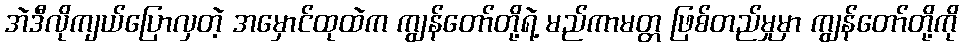
အဲဒီလိုကျယ်ပြောလှတဲ့ အမှောင်ထုထဲက ကျွန်တော်တို့ရဲ့ မည်ကာမတ္တ ဖြစ်တည်မှုမှာ ကျွန်တော်တို့ကို